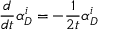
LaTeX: \frac { d } { d t } \alpha _ { D } ^ { i } = - \frac { 1 } { 2 t } \alpha _ { D } ^ { i }